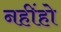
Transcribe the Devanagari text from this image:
नहींहो